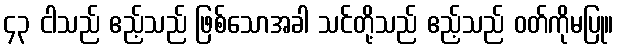
၄၃ ငါသည် ဧည့်သည် ဖြစ်သောအခါ သင်တို့သည် ဧည့်သည် ဝတ်ကိုမပြု။